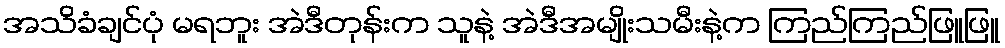
အသိခံချင်ပုံ မရဘူး အဲဒီတုန်းက သူနဲ့ အဲဒီအမျိုးသမီးနဲ့က ကြည်ကြည်ဖြူဖြူ